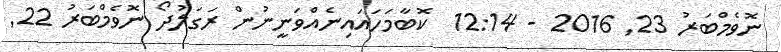
ނޮވެމްބަރު 23